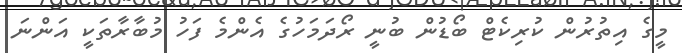
މީގެ އިތުރުން ކުރިކެޓް ބޯޑުން ބުނީ ރޯދަމަހުގެ އެންމެ ފަހު މުބާރާތަކީ އަންނަ